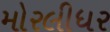
મોરલીધર